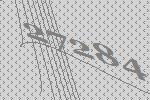
27284